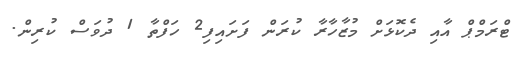
ޓްރަމްޕް އާއި ދެކޮޅަށް މުޒާހާރާ ކުރަން ފަށައިފި2 ހަފްތާ 1 ދުވަސް ކުރިން.